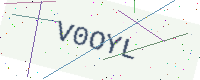
Text: V0OYL